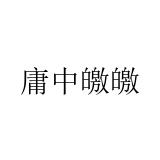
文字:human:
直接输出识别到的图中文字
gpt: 庸中皦皦